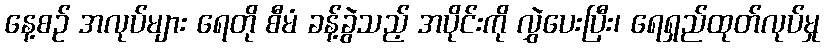
နေ့စဉ် အလုပ်များ ရေတို စီမံ ခန့်ခွဲသည့် အပိုင်းကို လွှဲပေးပြီး၊ ရေရှည်ထုတ်လုပ်မှု